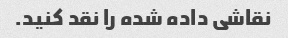
نقاشی داده شده را نقد کنید.